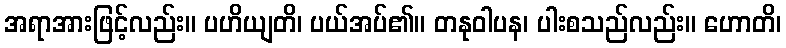
အရာအားဖြင့်လည်း။ ပဟိယျတိ၊ ပယ်အပ်၏။ တနုဝါပန၊ ပါးစသည်လည်း။ ဟောတိ၊